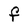
Character: F